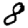
Digit: 8